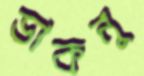
ডাকনু